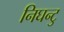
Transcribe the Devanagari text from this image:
निघन्टु